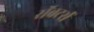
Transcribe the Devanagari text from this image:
रॉबटर्स